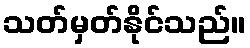
သတ်မှတ်နိုင်သည်။